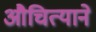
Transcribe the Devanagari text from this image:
औचित्याने